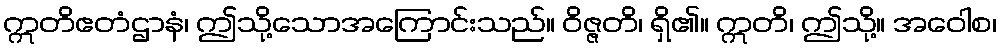
ဣတိဧတံဌာနံ၊ ဤသို့သောအကြောင်းသည်။ ဝိဇ္ဇတိ၊ ရှိ၏။ ဣတိ၊ ဤသို့။ အဝေါစ၊